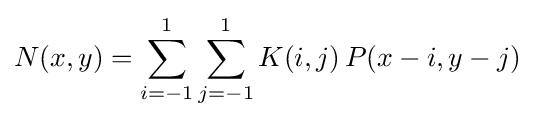
N(x,y)=\sum _{i=-1}^{1}\sum _{j=-1}^{1}K(i,j)\,P(x-i,y-j)